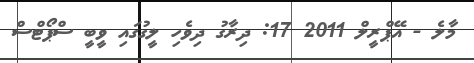
މާލެ - އޭޕްރީލް 2011 17: ދިރާގު ދިވެހި ލީގުގައި ވީބީ ސްޕޯޓްސް